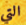
التي